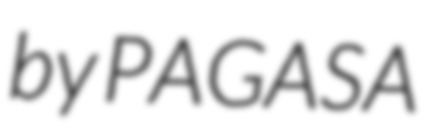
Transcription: by PAGASA